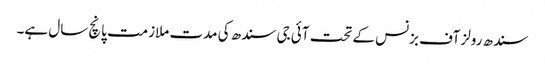
سندھ رولز آف بزنس کے تحت آئی جی سندھ کی مدت ملازمت پانچ سال ہے۔